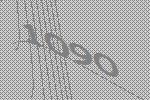
1090